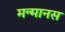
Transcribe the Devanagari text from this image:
मन्मानस